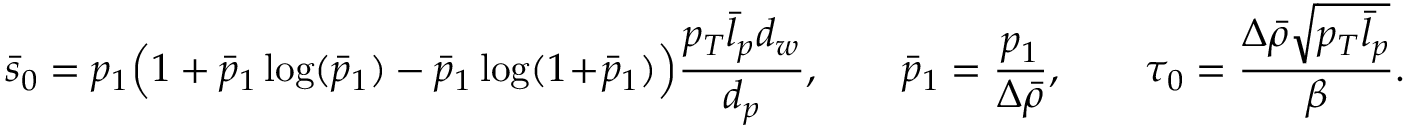
\bar { s } _ { 0 } = p _ { 1 } \Bigl ( 1 + \bar { p } _ { 1 } \log ( \bar { p } _ { 1 } ) - \bar { p } _ { 1 } \log ( 1 \! + \! \bar { p } _ { 1 } ) \Bigr ) \frac { p _ { T } \bar { l } _ { p } d _ { w } } { d _ { p } } , \qquad \bar { p } _ { 1 } = \frac { p _ { 1 } } { \Delta \bar { \rho } } , \qquad \tau _ { 0 } = \frac { \Delta \bar { \rho } \sqrt { p _ { T } \bar { l } _ { p } } } { \beta } .